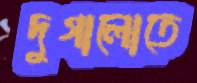
দুগালোতে